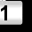
Digit: 1